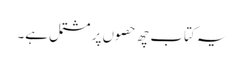
یہ کتاب چھ حصوں پر مشتمل ہے۔